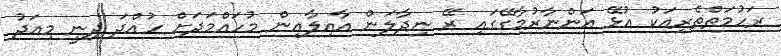
ރަހުމަތްތެރިއަކު އުޅޭ އަންނާރުމާގޭގައި ރޭ ނިދާލަން އާއިލާއިން މުހައްމަދަށް ހުއްދަ ދިނީ މިއަދު